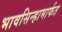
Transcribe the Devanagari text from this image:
भावसिन्हामार्फत